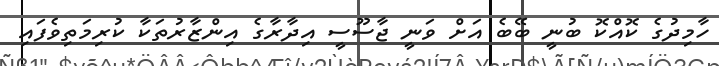
ހާމިދުގެ ކޮއްކޮ ބުނީ ބޭބެ އަށް ވަނީ ޖާސޫސީ އިދާރާގެ އިންޒާރުތަކާ ކުރިމަތިވެފައި